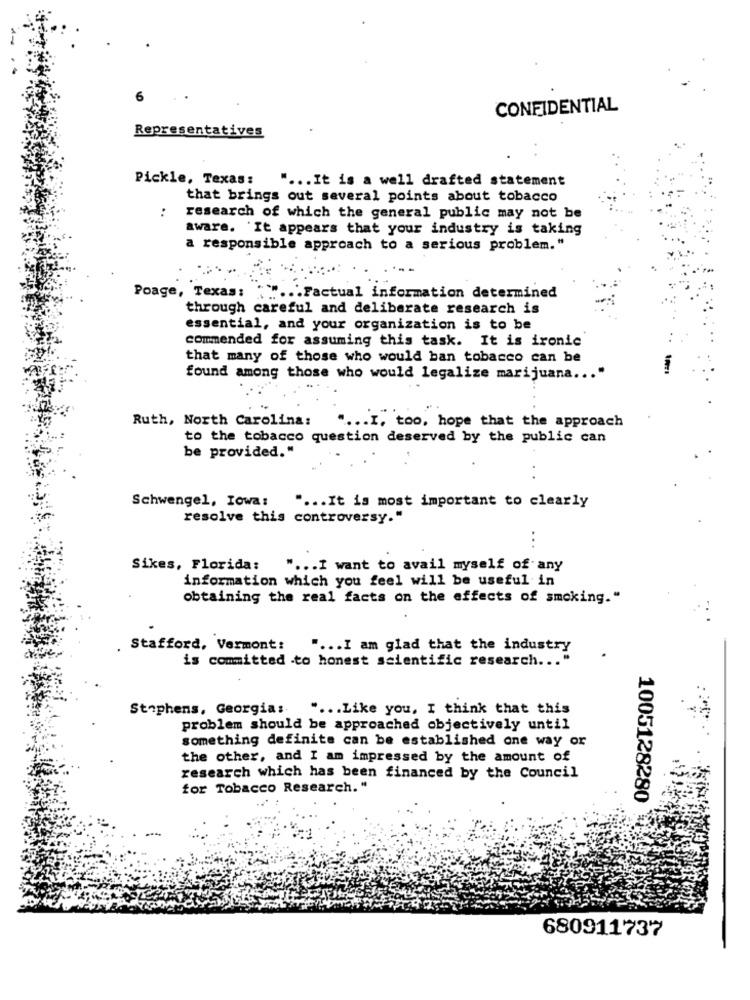
CONFIDENTIAL
Representatives
Pickle, Texas:
" ... It is a well drafted statement
that brings out several points about tobacco
..
research of which the general public may not be
aware. It appears that your industry is taking
a responsible approach to a serious problem."
Poage, Texas:
..... Factual information determined
through careful and deliberate research is
essential, and your organization is to be
commended for assuming this task. It is ironic
that many of those who would ban tobacco can be
found among those who would legalize marijuana ... "
Ruth, North Carolina:
.... I, too, hope that the approach
to the tobacco question deserved by the public can
be provided."
Schwengel, Iowa:
" ... It is most important to clearly
resolve this controversy."
...
Sikes, Florida:
" ... I want to avail myself of any
information which you feel will be useful in
obtaining the real facts on the effects of smoking."
Stafford, Vermont:
.... I am glad that the industry
is committed to honest scientific research ... "
Stephens, Georgia:
.... Like you, I think that this
problem should be approached objectively until
something definite can be established one way or
the other, and I am impressed by the amount of
research which has been financed by the Council
for Tobacco Research."
1005128280
680911737